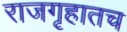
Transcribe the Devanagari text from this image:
राजगृहातच